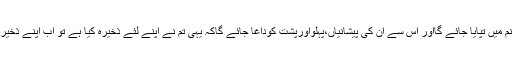
جس دن اس سونے چاندي کو آتش جہنم ميں تپايا جائے گااور اس سے ان کى پيشانياں،پہلواورپشت کوداغا جائے گاکہ يہى تم نے اپنے لئے ذخيرہ کيا ہے تو اب اپنے ذخيرہ کے عوض ميں عذاب کا مزہ چکھو۔